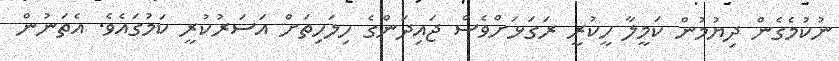
ނުކުމެގެން ދިޔުމުން ކަމީލާ ހީކުރީ ރަގަޅަށްވެސް ޖައިދަންގެ ހިލަހިތަށް އަސަރުކުރީ ކަމުގައެވެ. އެތަނުން